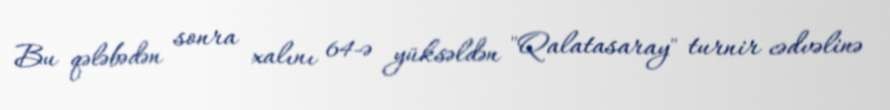
Bu qələbədən sonra xalını 64-ə yüksəldən "Qalatasaray" turnir cədvəlinə